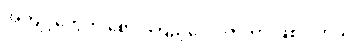
အကျင့်တွေကို စောင့်ကြည့်လေ့လာတာ ဖြစ်ပါတယ်။